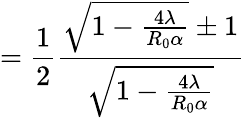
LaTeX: =\frac{1}{2}\frac{\sqrt{1-\frac{4\lambda}{R_{0}\alpha}}\pm 1}{\sqrt{1-\frac{4\lambda}{R_{0}\alpha}}}